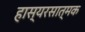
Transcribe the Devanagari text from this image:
हास्यरसात्मक